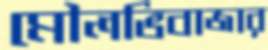
মৌলভিবাজার